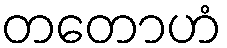
တတောဟံ